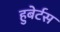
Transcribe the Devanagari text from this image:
हुबेर्टस